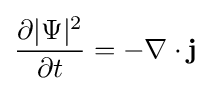
{\frac {\partial |\Psi |^{2}}{\partial t}}=-\nabla \cdot \mathbf {j}